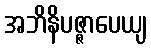
အဘိနိပဇ္ဇာပေယျ